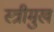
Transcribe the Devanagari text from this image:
स्त्रीमुख